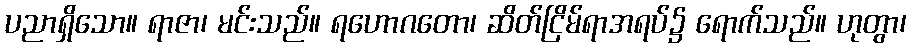
ပညာရှိသော။ ရာဇာ၊ မင်းသည်။ ရဟောဂတော၊ ဆိတ်ငြိမ်ရာအရပ်၌ ရောက်သည်။ ဟုတွာ၊